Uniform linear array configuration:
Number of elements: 4
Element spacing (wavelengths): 0.75
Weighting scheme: cosine
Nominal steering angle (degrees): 30
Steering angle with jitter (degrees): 30.656
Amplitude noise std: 0.05
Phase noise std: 0.05

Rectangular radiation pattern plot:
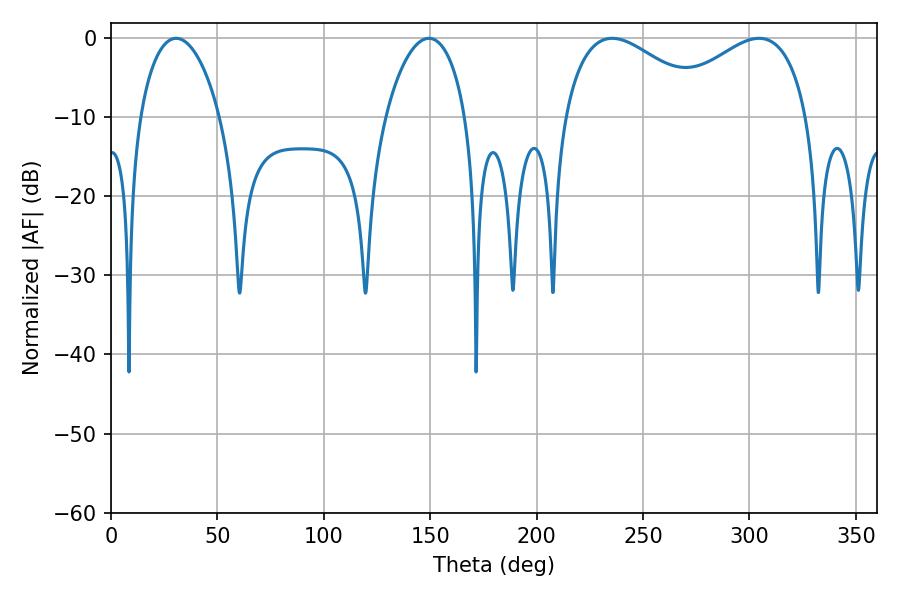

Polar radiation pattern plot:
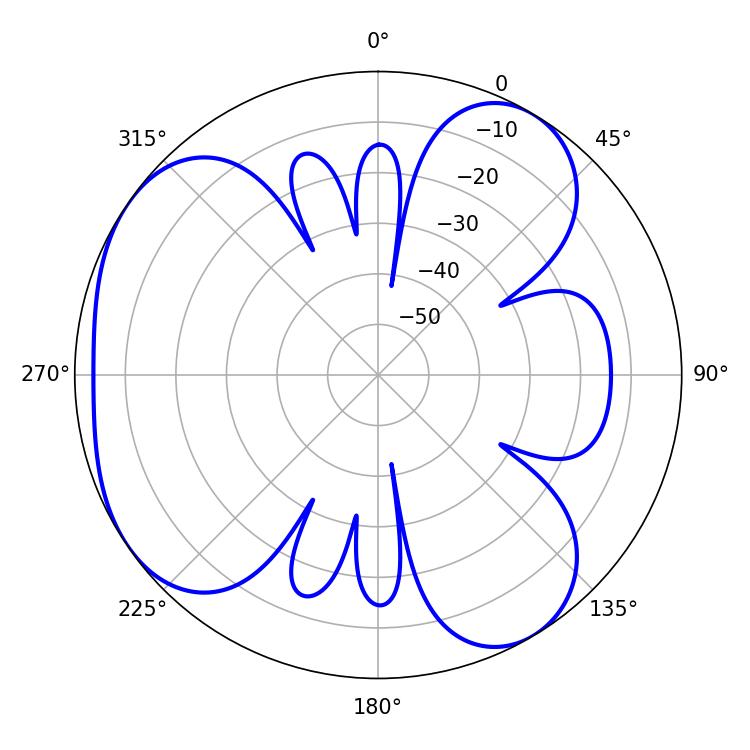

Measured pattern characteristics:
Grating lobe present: TRUE
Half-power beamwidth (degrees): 21.42
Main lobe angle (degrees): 30.6